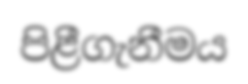
පිළීගැනීමය